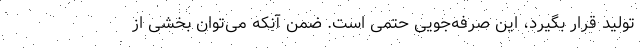
تولید قرار بگیرد، این صرفه‌جویی حتمی است. ضمن آنکه می‌توان بخشی از